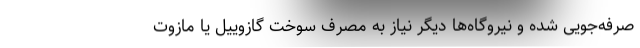
صرفه‌جویی شده و نیروگاه‌ها دیگر نیاز به مصرف سوخت گازوییل یا مازوت